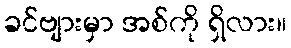
ခင်ဗျားမှာ အစ်ကို ရှိလား။